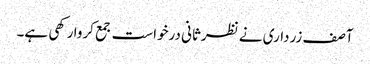
آصف زرداری نے نظرثانی درخواست جمع کروا رکھی ہے۔